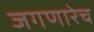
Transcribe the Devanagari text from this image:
जगणारेच